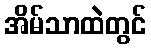
အိမ်သာထဲတွင်